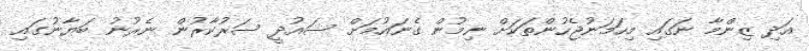
އަދި ޒިންމާ ނަގައި މިހަމަނުޖެހުންތަކަށް ނިމުން ގެނައުމަށް ސައުދީ ސަރުކާރުން ނެރުނު ބަޔާނުގައި